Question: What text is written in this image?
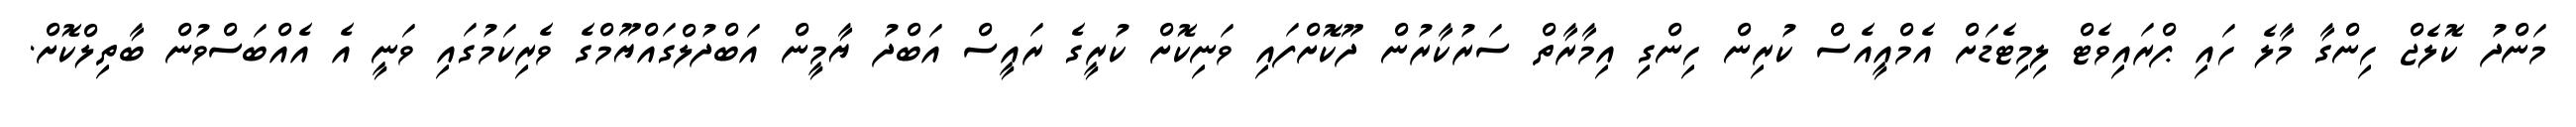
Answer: މަންދު ކޮލެޖް ހިންގާ މާލެ ހައި ޕްރައިވެޓް ލިމިޓެޑަށް އެމްއީއެސް ކުރިން ހިންގި އިމާރާތް ސަރުކާރުން ދޫކޮށްފައި ވަނިކޮށް ކުރީގެ ރައީސް އަބްދު ޔާމީން އަބްދުލްގައްޔޫމްގެ ވެރިކަމުގައި ވަނީ އެ އެއްބަސްވުން ބާތިލްކޮށް.